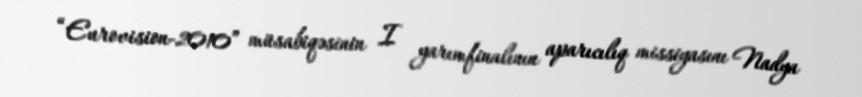
“Eurovision-2010” müsabiqəsinin I yarımfinalının aparıcılıq missiyasını Nadya